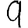
Digit: 9